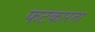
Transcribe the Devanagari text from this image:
फटकारता